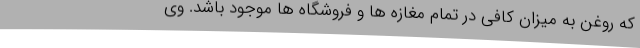
که روغن به میزان کافی در تمام مغازه ها و فروشگاه ها موجود باشد. وی